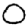
Digit: 0